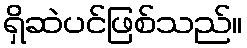
ရှိဆဲပင်ဖြစ်သည်။